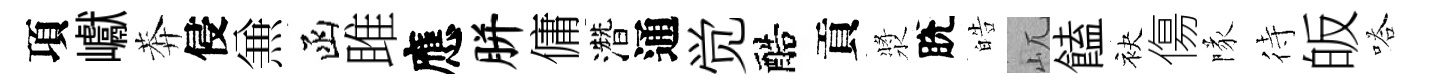
項巘莾侵𠔥函雎應胼傭濳通觉醅貢漿脫皓屼饁袂傷隊待皈嗒